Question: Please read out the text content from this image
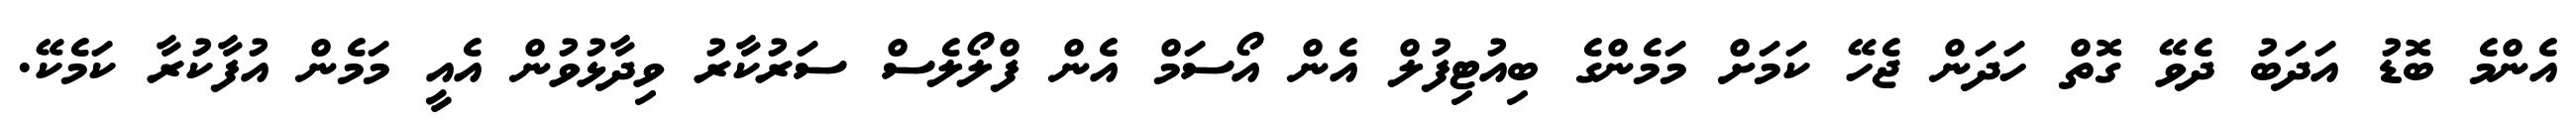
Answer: އެންމެ ބޮޑު އަދަބު ދެވޭ ގޮތް ހަދަން ޖެހޭ ކަމަށް މަމެންގެ ބިއުޓިފުލް އެން އޯސަމް އެން ފްލޯލެސް ސަރުކާރު ވިދާޅުވުން އެއީ މަމެން އުފާކުރާ ކަމެކޭ.